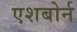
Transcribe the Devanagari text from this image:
एशबोर्न